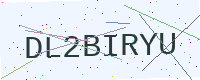
Text: DL2BIRYU